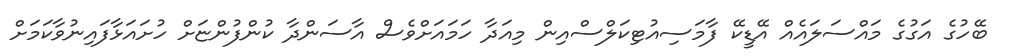
ބޭހުގެ އަގުގެ މައްސަލައެއް އޭޑީކޭ ފާމަސިއުޓިކަލްސްއިން މިއަދާ ހަމައަށްވެސް އާސަންދާ ކުންފުންޏަށް ހުށައަޅާފައިނުވާކަމަށް